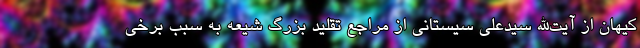
کیهان از آیت‌الله سیدعلی سیستانی از مراجع تقلید بزرگ شیعه به سبب برخی